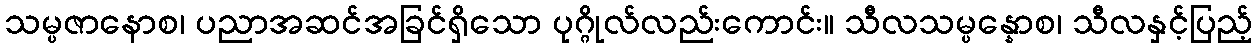
သမ္ပဇာနောစ၊ ပညာအဆင်အခြင်ရှိသော ပုဂ္ဂိုလ်လည်းကောင်း။ သီလသမ္ပန္နောစ၊ သီလနှင့်ပြည့်